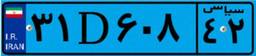
۲۴D۱۹۹۷۴